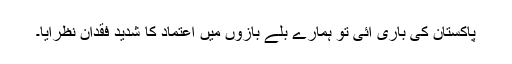
پاکستان کی باری آئی تو ہمارے بلے بازوں میں اعتماد کا شدید فقدان نظرآیا۔